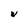
Character: w